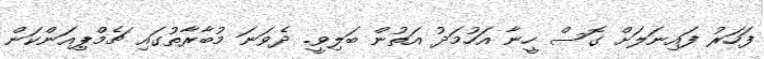
ފަހަރު ފައިނަލަށް ގޮސް ހީނާ އަހުމަދު އަތުން ބަލިވީ. ދެވަނަ މުބާރާތުގައި ޗެމްޕިއަންކަން